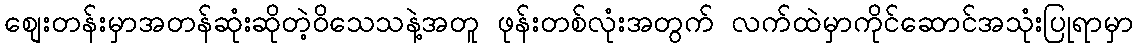
စျေးတန်းမှာအတန်ဆုံးဆိုတဲ့ဝိသေသနဲ့အတူ ဖုန်းတစ်လုံးအတွက် လက်ထဲမှာကိုင်ဆောင်အသုံးပြုရာမှာ